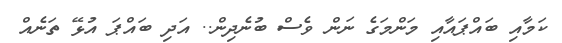
ކަމާއި ބައްޕައާއި މަންމަގެ ނަން ވެސް ބުނެދިން.. އަދި ބައްޕަ އުޅޭ ތަނެއް